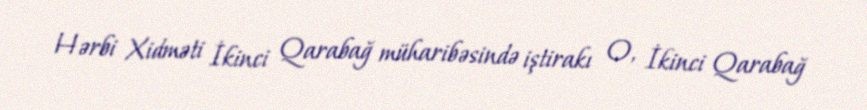
Hərbi Xidməti İkinci Qarabağ müharibəsində iştirakı O, İkinci Qarabağ